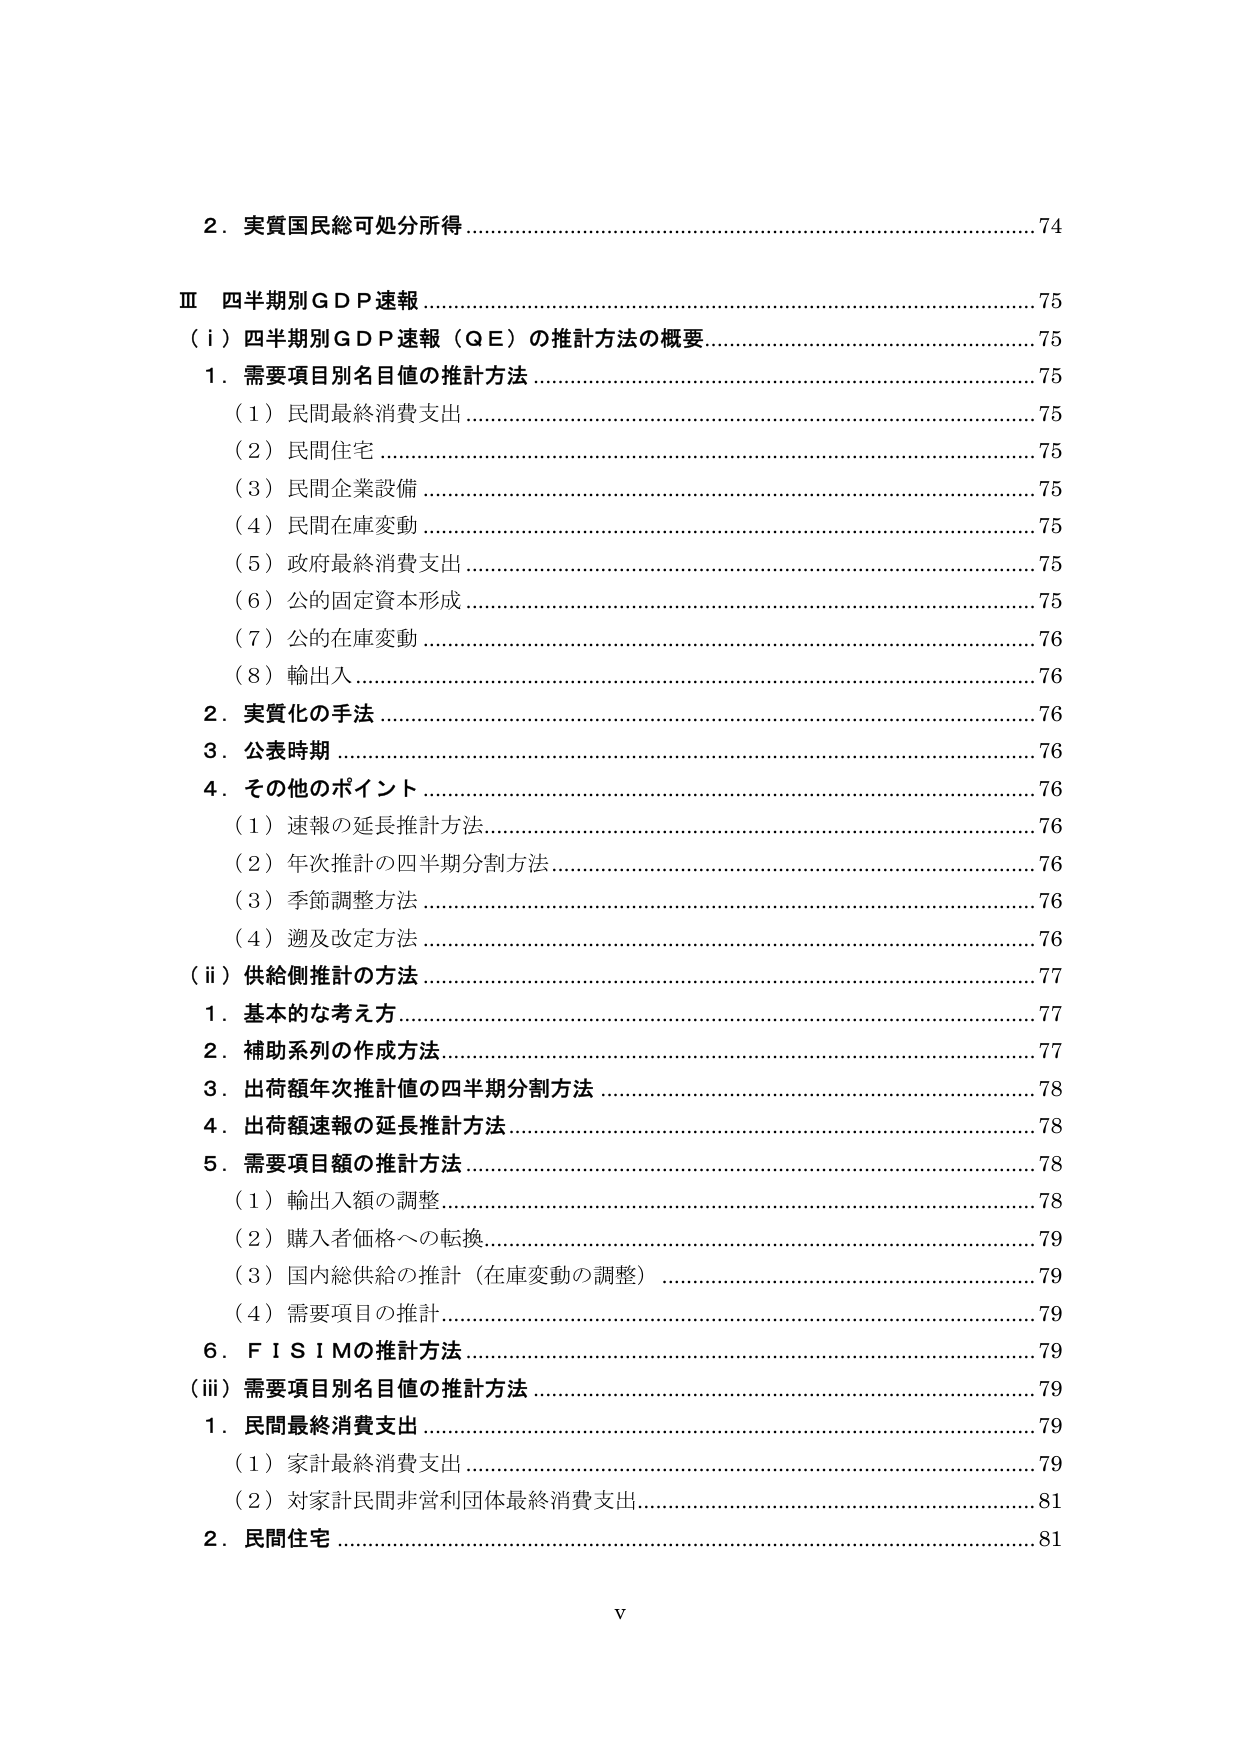
2．実質国民総可処分所得…………………………………………………………74
Ⅲ 四半期別ＧＤＰ速報……………………………………………………………75
（ⅰ）四半期別ＧＤＰ速報（ＱＥ）の推計方法の概要…………………………75
　1．需要項目別名目値の推計方法………………………………………………75
　　（1）民間最終消費支出…………………………………………………………75
　　（2）民間住宅……………………………………………………………………75
　　（3）民間企業設備………………………………………………………………75
　　（4）民間在庫変動………………………………………………………………75
　　（5）政府最終消費支出…………………………………………………………75
　　（6）公的固定資本形成…………………………………………………………75
　　（7）公的在庫変動………………………………………………………………76
　　（8）輸出入………………………………………………………………………76
　2．実質化の手法…………………………………………………………………76
　3．公表時期………………………………………………………………………76
　4．その他のポイント……………………………………………………………76
　　（1）速報の延長推計方法………………………………………………………76
　　（2）年次推計の四半期分割方法………………………………………………76
　　（3）季節調整方法………………………………………………………………76
　　（4）遡及改定方法………………………………………………………………76
（ⅱ）供給側推計の方法…………………………………………………………77
　1．基本的な考え方………………………………………………………………77
　2．補助系列の作成方法…………………………………………………………77
　3．出荷額年次推計値の四半期分割方法………………………………………78
　4．出荷額速報の延長推計方法…………………………………………………78
　5．需要項目額の推計方法………………………………………………………78
　　（1）輸出入額の調整……………………………………………………………78
　　（2）購入者価格への転換………………………………………………………79
　　（3）国内総供給の推計（在庫変動の調整）…………………………………79
　　（4）需要項目の推計……………………………………………………………79
　6．ＦＩＳＩＭの推計方法………………………………………………………79
（ⅲ）需要項目別名目値の推計方法……………………………………………79
　1．民間最終消費支出……………………………………………………………79
　　（1）家計最終消費支出…………………………………………………………79
　　（2）対家計民間非営利団体最終消費支出……………………………………81
　2．民間住宅………………………………………………………………………81
v